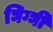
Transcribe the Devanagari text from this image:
घिग्घी